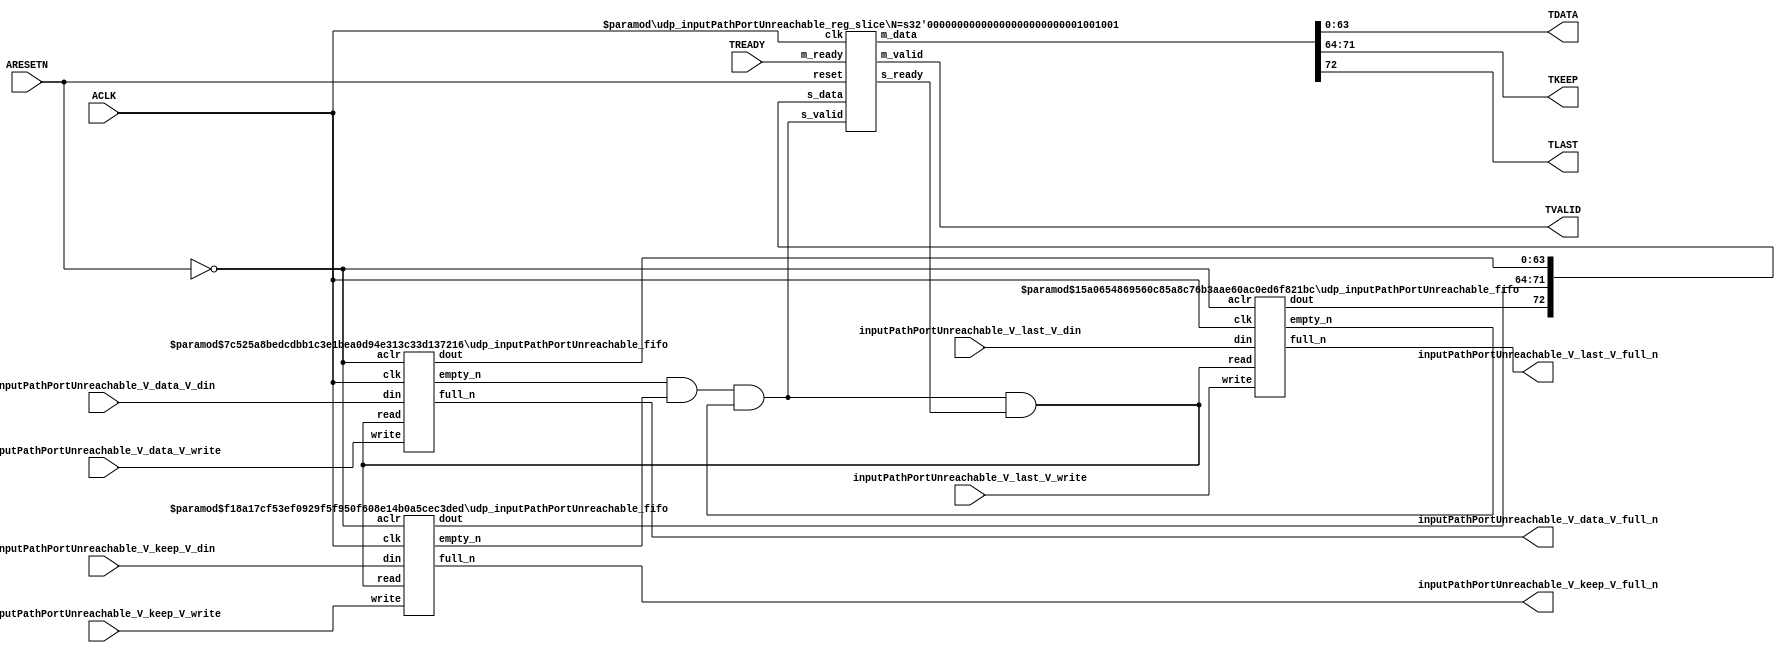
// ==============================================================
// File generated by Vivado(TM) HLS - High-Level Synthesis from C, C++ and SystemC
// Version: 2015.1
// Copyright (C) 2015 Xilinx Inc. All rights reserved.
// 
// ==============================================================


`timescale 1ns/1ps

module udp_inputPathPortUnreachable_if (
    // AXI4-Stream singals
    input  wire        ACLK,
    input  wire        ARESETN,
    output wire        TVALID,
    input  wire        TREADY,
    output wire [63:0] TDATA,
    output wire [7:0]  TKEEP,
    output wire [0:0]  TLAST,
    // User signals
    input  wire [63:0] inputPathPortUnreachable_V_data_V_din,
    output wire        inputPathPortUnreachable_V_data_V_full_n,
    input  wire        inputPathPortUnreachable_V_data_V_write,
    input  wire [7:0]  inputPathPortUnreachable_V_keep_V_din,
    output wire        inputPathPortUnreachable_V_keep_V_full_n,
    input  wire        inputPathPortUnreachable_V_keep_V_write,
    input  wire [0:0]  inputPathPortUnreachable_V_last_V_din,
    output wire        inputPathPortUnreachable_V_last_V_full_n,
    input  wire        inputPathPortUnreachable_V_last_V_write
);
//------------------------Local signal-------------------
// FIFO
wire [0:0]  fifo_read;
wire [0:0]  fifo_empty_n;
wire [63:0] inputPathPortUnreachable_V_data_V_dout;
wire [0:0]  inputPathPortUnreachable_V_data_V_empty_n;
wire [7:0]  inputPathPortUnreachable_V_keep_V_dout;
wire [0:0]  inputPathPortUnreachable_V_keep_V_empty_n;
wire [0:0]  inputPathPortUnreachable_V_last_V_dout;
wire [0:0]  inputPathPortUnreachable_V_last_V_empty_n;
// register slice
wire [0:0]  s_valid;
wire [0:0]  s_ready;
wire [72:0] s_data;
wire [0:0]  m_valid;
wire [0:0]  m_ready;
wire [72:0] m_data;

//------------------------Instantiation------------------
// rs
udp_inputPathPortUnreachable_reg_slice #(
    .N       ( 73 )
) rs (
    .clk     ( ACLK ),
    .reset   ( ARESETN ),
    .s_data  ( s_data ),
    .s_valid ( s_valid ),
    .s_ready ( s_ready ),
    .m_data  ( m_data ),
    .m_valid ( m_valid ),
    .m_ready ( m_ready )
);

// inputPathPortUnreachable_V_data_V_fifo
udp_inputPathPortUnreachable_fifo #(
    .DATA_BITS  ( 64 ),
    .DEPTH_BITS ( 4 )
) inputPathPortUnreachable_V_data_V_fifo (
    .clk        ( ACLK ),
    .aclr       ( ~ARESETN ),
    .empty_n    ( inputPathPortUnreachable_V_data_V_empty_n ),
    .full_n     ( inputPathPortUnreachable_V_data_V_full_n ),
    .read       ( fifo_read ),
    .write      ( inputPathPortUnreachable_V_data_V_write ),
    .dout       ( inputPathPortUnreachable_V_data_V_dout ),
    .din        ( inputPathPortUnreachable_V_data_V_din )
);

// inputPathPortUnreachable_V_keep_V_fifo
udp_inputPathPortUnreachable_fifo #(
    .DATA_BITS  ( 8 ),
    .DEPTH_BITS ( 4 )
) inputPathPortUnreachable_V_keep_V_fifo (
    .clk        ( ACLK ),
    .aclr       ( ~ARESETN ),
    .empty_n    ( inputPathPortUnreachable_V_keep_V_empty_n ),
    .full_n     ( inputPathPortUnreachable_V_keep_V_full_n ),
    .read       ( fifo_read ),
    .write      ( inputPathPortUnreachable_V_keep_V_write ),
    .dout       ( inputPathPortUnreachable_V_keep_V_dout ),
    .din        ( inputPathPortUnreachable_V_keep_V_din )
);

// inputPathPortUnreachable_V_last_V_fifo
udp_inputPathPortUnreachable_fifo #(
    .DATA_BITS  ( 1 ),
    .DEPTH_BITS ( 4 )
) inputPathPortUnreachable_V_last_V_fifo (
    .clk        ( ACLK ),
    .aclr       ( ~ARESETN ),
    .empty_n    ( inputPathPortUnreachable_V_last_V_empty_n ),
    .full_n     ( inputPathPortUnreachable_V_last_V_full_n ),
    .read       ( fifo_read ),
    .write      ( inputPathPortUnreachable_V_last_V_write ),
    .dout       ( inputPathPortUnreachable_V_last_V_dout ),
    .din        ( inputPathPortUnreachable_V_last_V_din )
);

//------------------------Body---------------------------
//++++++++++++++++++++++++AXI4-Stream++++++++++++++++++++
assign TVALID = m_valid;
assign TDATA  = m_data[63:0];
assign TKEEP  = m_data[71:64];
assign TLAST  = m_data[72:72];

//+++++++++++++++++++++++++++++++++++++++++++++++++++++++

//++++++++++++++++++++++++Reigister Slice++++++++++++++++
assign s_valid = fifo_empty_n;
assign m_ready = TREADY;
assign s_data  = {inputPathPortUnreachable_V_last_V_dout, inputPathPortUnreachable_V_keep_V_dout, inputPathPortUnreachable_V_data_V_dout};

//+++++++++++++++++++++++++++++++++++++++++++++++++++++++

//++++++++++++++++++++++++FIFO+++++++++++++++++++++++++++
assign fifo_read    = fifo_empty_n & s_ready;
assign fifo_empty_n = inputPathPortUnreachable_V_data_V_empty_n & inputPathPortUnreachable_V_keep_V_empty_n & inputPathPortUnreachable_V_last_V_empty_n;

//+++++++++++++++++++++++++++++++++++++++++++++++++++++++

endmodule



`timescale 1ns/1ps

module udp_inputPathPortUnreachable_fifo
#(parameter
    DATA_BITS  = 8,
    DEPTH_BITS = 4
)(
    input  wire                 clk,
    input  wire                 aclr,
    output wire                 empty_n,
    output wire                 full_n,
    input  wire                 read,
    input  wire                 write,
    output wire [DATA_BITS-1:0] dout,
    input  wire [DATA_BITS-1:0] din
);
//------------------------Parameter----------------------
localparam
    DEPTH = 1 << DEPTH_BITS;
//------------------------Local signal-------------------
reg                   empty;
reg                   full;
reg  [DEPTH_BITS-1:0] index;
reg  [DATA_BITS-1:0]  mem[0:DEPTH-1];
//------------------------Body---------------------------
assign empty_n = ~empty;
assign full_n  = ~full;
assign dout    = mem[index];

// empty
always @(posedge clk or posedge aclr) begin
    if (aclr)
        empty <= 1'b1;
    else if (empty & write & ~read)
        empty <= 1'b0;
    else if (~empty & ~write & read & (index==1'b0))
        empty <= 1'b1;
end

// full
always @(posedge clk or posedge aclr) begin
    if (aclr)
        full <= 1'b0;
    else if (full & read & ~write)
        full <= 1'b0;
    else if (~full & ~read & write & (index==DEPTH-2'd2))
        full <= 1'b1;
end

// index
always @(posedge clk or posedge aclr) begin
    if (aclr)
        index <= {DEPTH_BITS{1'b1}};
    else if (~empty & ~write & read)
        index <= index - 1'b1;
    else if (~full & ~read & write)
        index <= index + 1'b1;
end

// mem
always @(posedge clk) begin
    if (~full & write) mem[0] <= din;
end

genvar i;
generate
    for (i = 1; i < DEPTH; i = i + 1) begin : gen_sr
        always @(posedge clk) begin
            if (~full & write) mem[i] <= mem[i-1];
        end
    end
endgenerate

endmodule

`timescale 1ns/1ps

module udp_inputPathPortUnreachable_reg_slice
#(parameter
    N = 8   // data width
) (
    // system signals
    input  wire         clk,
    input  wire         reset,
    // slave side
    input  wire [N-1:0] s_data,
    input  wire         s_valid,
    output wire         s_ready,
    // master side
    output wire [N-1:0] m_data,
    output wire         m_valid,
    input  wire         m_ready
);
//------------------------Parameter----------------------
// state
localparam [1:0]
    ZERO = 2'b10,
    ONE  = 2'b11,
    TWO  = 2'b01;
//------------------------Local signal-------------------
reg  [N-1:0] data_p1;
reg  [N-1:0] data_p2;
wire         load_p1;
wire         load_p2;
wire         load_p1_from_p2;
reg          s_ready_t;
reg  [1:0]   state;
reg  [1:0]   next;
//------------------------Body---------------------------
assign s_ready = s_ready_t;
assign m_data  = data_p1;
assign m_valid = state[0];

assign load_p1 = (state == ZERO && s_valid) ||
                 (state == ONE && s_valid && m_ready) ||
                 (state == TWO && m_ready);
assign load_p2 = s_valid & s_ready;
assign load_p1_from_p2 = (state == TWO);

// data_p1
always @(posedge clk) begin
    if (load_p1) begin
        if (load_p1_from_p2)
            data_p1 <= data_p2;
        else
            data_p1 <= s_data;
    end
end

// data_p2
always @(posedge clk) begin
    if (load_p2) data_p2 <= s_data;
end

// s_ready_t
always @(posedge clk) begin
    if (~reset)
        s_ready_t <= 1'b0;
    else if (state == ZERO)
        s_ready_t <= 1'b1;
    else if (state == ONE && next == TWO)
        s_ready_t <= 1'b0;
    else if (state == TWO && next == ONE)
        s_ready_t <= 1'b1;
end

// state
always @(posedge clk) begin
    if (~reset)
        state <= ZERO;
    else
        state <= next;
end

// next
always @(*) begin
    case (state)
        ZERO:
            if (s_valid & s_ready)
                next = ONE;
            else
                next = ZERO;
        ONE:
            if (~s_valid & m_ready)
                next = ZERO;
            else if (s_valid & ~m_ready)
                next = TWO;
            else
                next = ONE;
        TWO:
            if (m_ready)
                next = ONE;
            else
                next = TWO;
        default:
            next = ZERO;
    endcase
end

endmodule